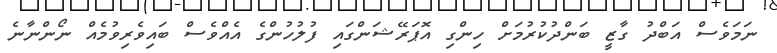
ނަމަވެސް އަބްދު ގާޒީ ބަންދުކުރުމަށް ހިންގި އޮޕަރޭޝަންގައި ފުލުހުންގެ އެއްވެސް ބައިވެރިވުމެއް ނޯންނާނެ